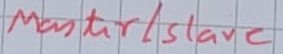
Text: Master/Slave